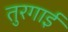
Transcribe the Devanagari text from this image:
तुरगाई